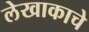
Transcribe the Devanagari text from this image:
लेखाकाचे